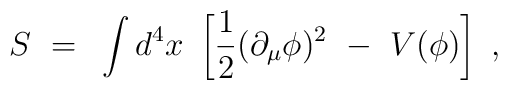
S~=~\int d^4x~\left[ \frac12 (\partial_{\mu} \phi)^2 ~-~V(\phi) \right] ~,